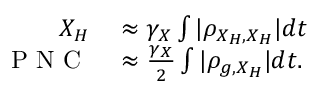
\begin{array} { r l } { X _ { H } } & { { } \approx \gamma _ { X } \int | \rho _ { X _ { H } , X _ { H } } | d t } \\ { \mathrm { ~ P ~ N ~ C ~ } } & { { } \approx \frac { \gamma _ { X } } { 2 } \int | \rho _ { g , X _ { H } } | d t . } \end{array}